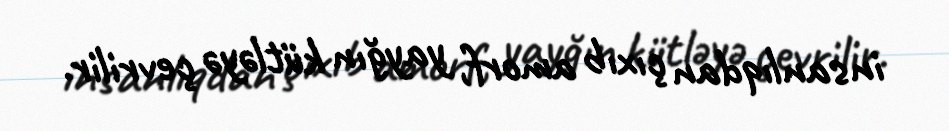
insanlıqdan çıxıb amorf, yayğın kütləyə çevrilir.